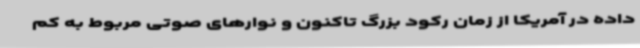
داده در آمریکا از زمان رکود بزرگ تاکنون و نوارهای صوتی مربوط به کم